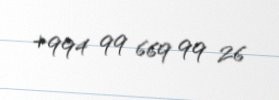
+994 99 669 99 26